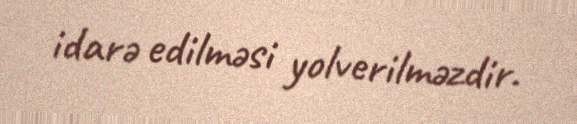
idarə edilməsi yolverilməzdir.